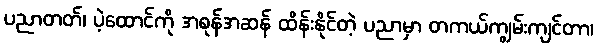
ပညာတတ်၊ ပဲ့ထောင်ကို အစုန်အဆန် ထိန်းနိုင်တဲ့ ပညာမှာ တကယ်ကျွမ်းကျင်တာ၊